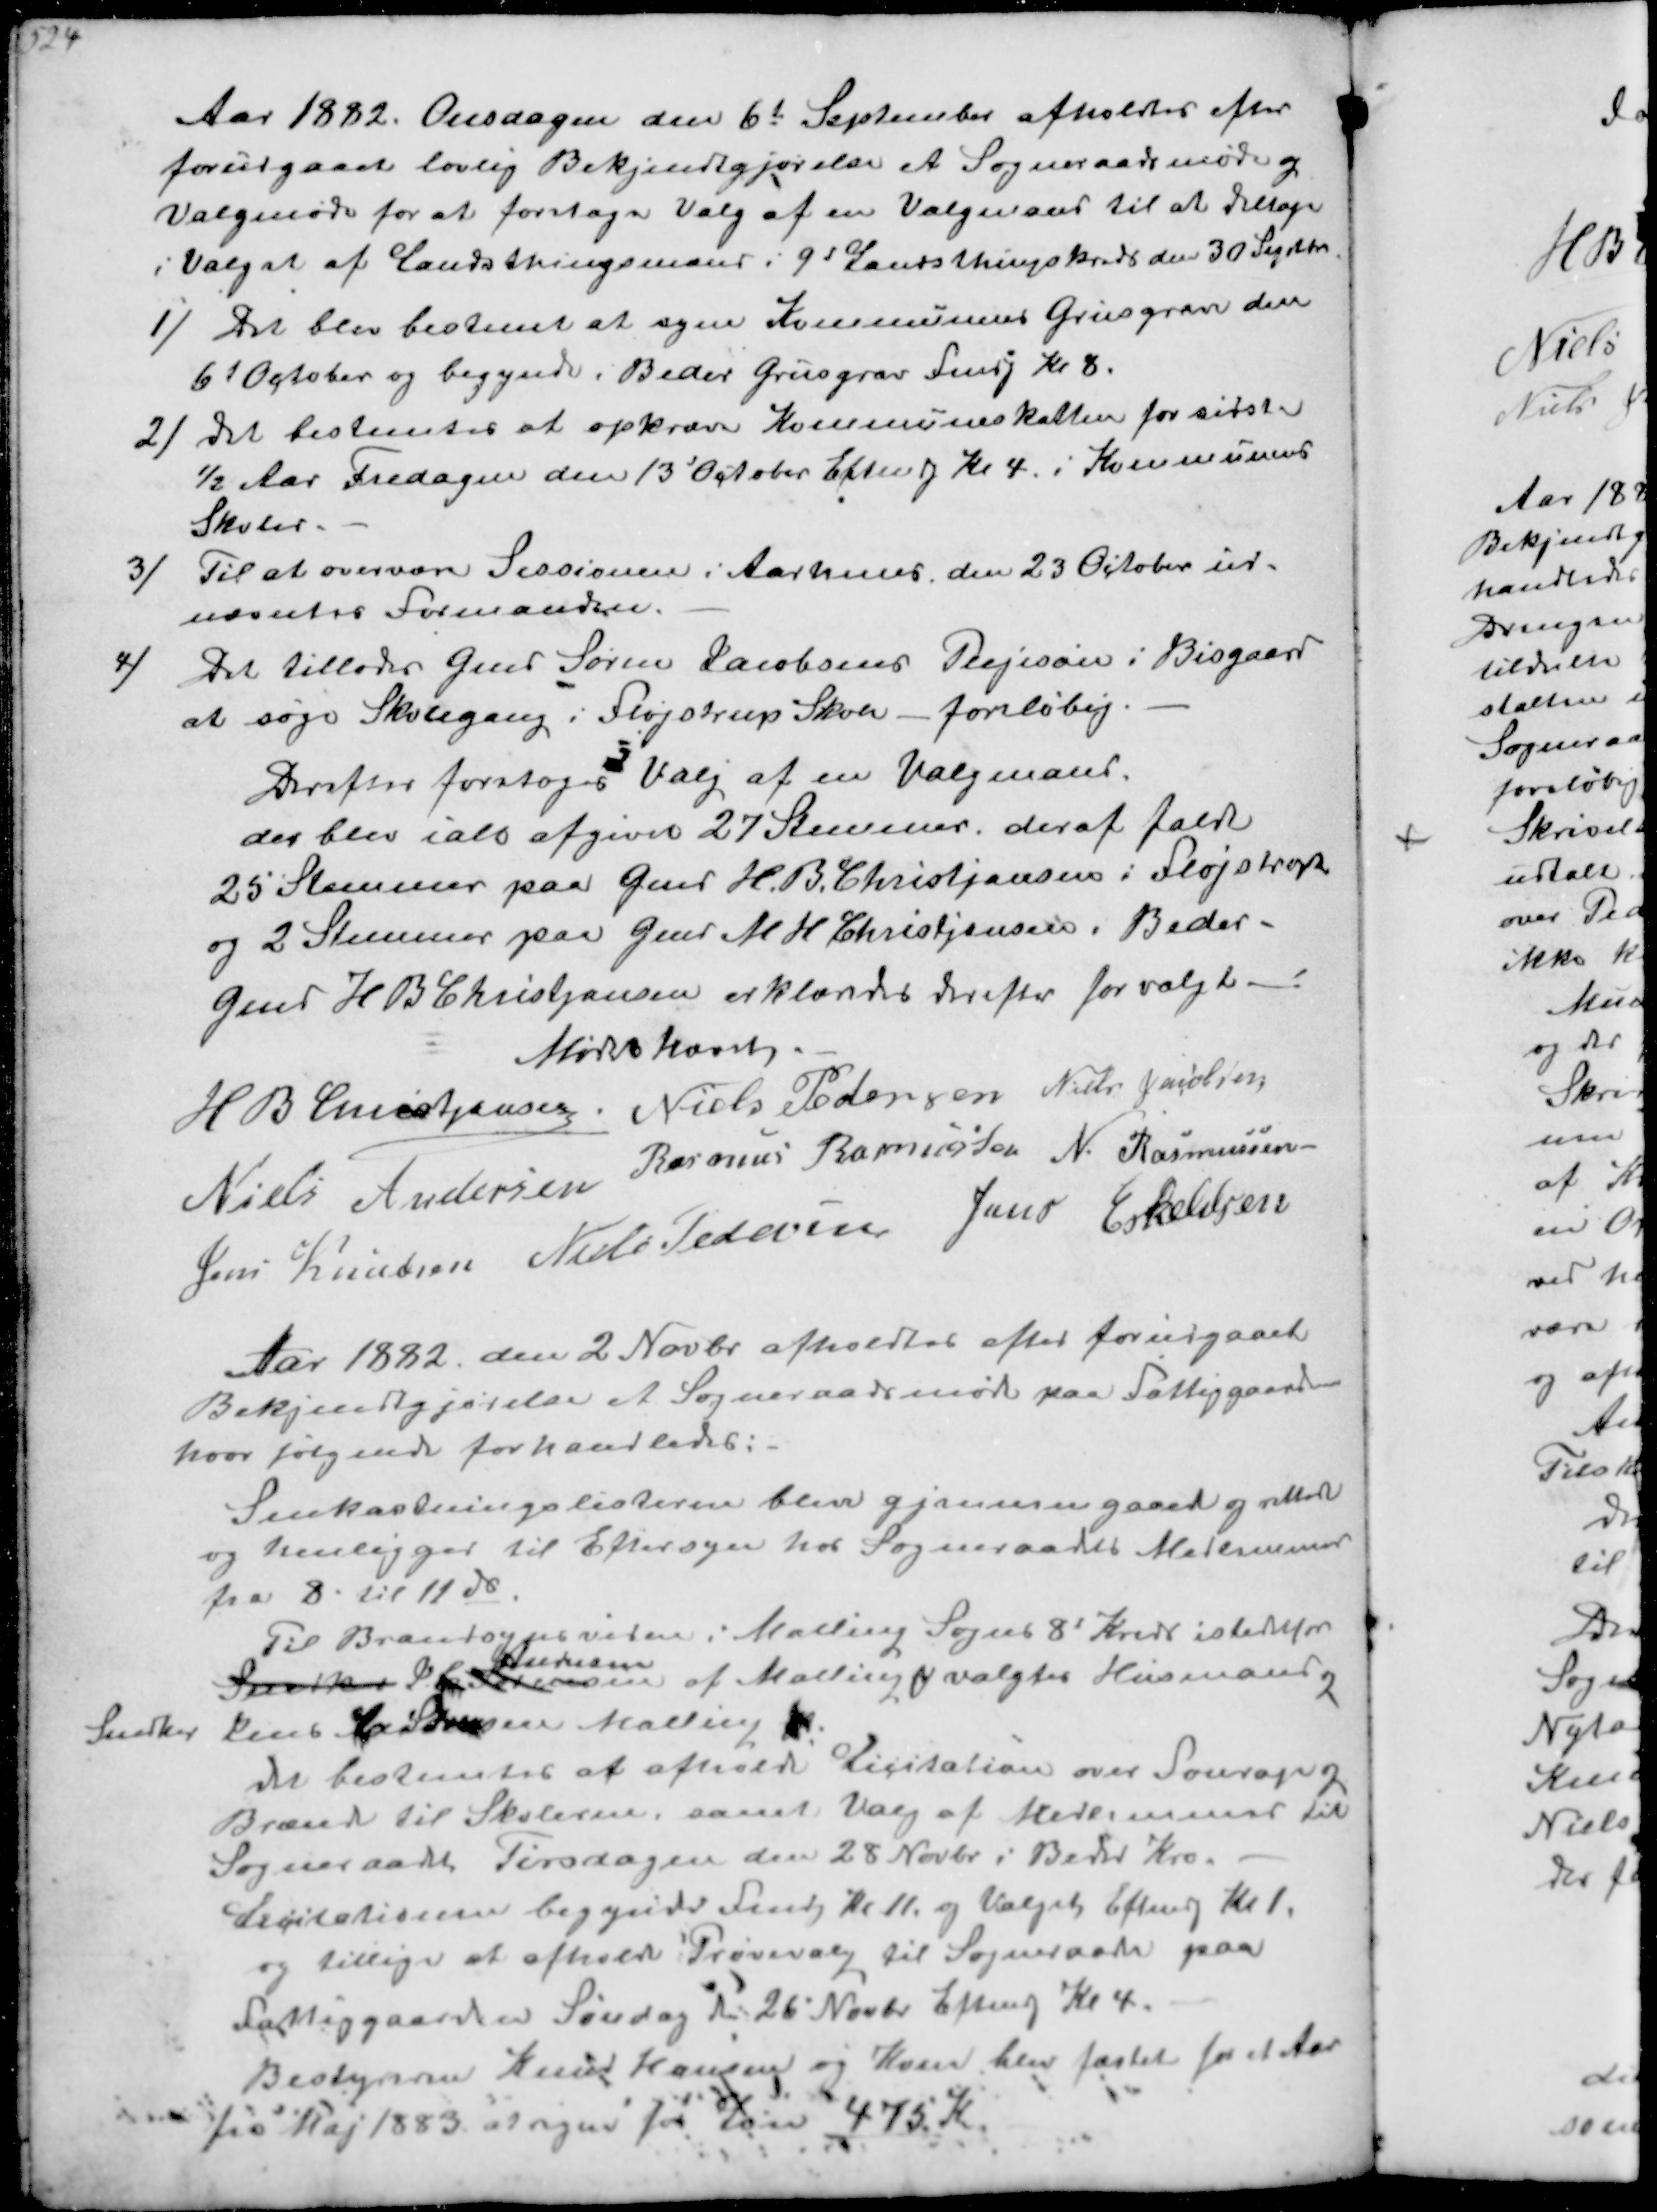
Transskription:
Aar 1882. Onsdagen den 6te September afholdtes efter 
forudgaaet lovlig Bekjendtgjørelse et Sogneraadsmøde og
Valgmøde for at foretage Valg af en Valgmand til at deltage
i Valget af Landstingsmand i 9d Lnadtingskreds den 30 Septr
1/
Det blev bestemt at syne Kommunens Grusgrave den
6t October og begynde i Beder Grusgrav Fmdg Kl. 8
2/
Det bestemtes at opkræve Kommuneskatten for sidste
½ Aar Fredagen den 13' October Efterg Kl 4 i Kommunens
Skoler
3/
Til at overvære Sessionen i Aarhuus den 23 October ud-
nævntes Formanden
4/
Det tillades Gmd Søren Jacobsens Plejesøn i Bisgaard
at søge Skolegang i Fløjstrup Skole foreløbig
Derefter foretoges Valg af en Valgmand
der blev ialt afgivet 27 stemmer deraf faldt
25 stemmer paa Gmd H B Kristjansen i Fløjstrup
og 2 Stemmer paa Gmd M H Kristjansen i Beder
Gmd H B Kristjansen erklæredes derefter for valgt
Mødet hævedes
H B Kristjansen
Niels Pedersen
Niels Jacobsen
Niels Andersen
Rasmus Rasmussen
N Rasmussen
Jens Knudsen
Niels Pedersen
Jens Eskildsen

Aar 1882 den 2 Novbr afholdes efter forudgaaet
Bekjendtgørelse et Sogneraadsmøde paa Fattiggaarden
hvor følgende forhandledes
Snekastningslisterne blev gjennemgaaet og rettede
og henligger til Eftersyn hos Sogneraads Medlemmer
fra 8 til 11 ds
Til Brandsynsvidne i Maling Sogns 8' Kreds istedtfor
Snedker S
Andreasen
af Malling v valgtes Husmand
Snedker  Sa Sørensen Malling
Det bestemtes at afholde Licitation over  og
Brænd til Skolerne samt Valg ad Medlemmer til
Sognberaadet Tirsdagen den 28 Novbr i Beder Kro
Licitationen begynder fmdg Kl 11 og Valget Eftmdg Kl 1
og tillige at afholde Prøvevalg til Sogneraadet paa
Fattiggaarden Søndag d. 26 Novbr Eftmdg Kl. 4
Bestyrerne Knud Hanbsen og Karen blev fæstet for et Aar
fra Maj 1883 at regne Løn 475 K.